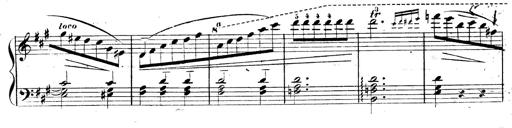
Title: 3 Caprices-Valses
Composer: Franz Liszt